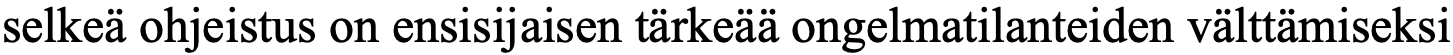
selkeä ohjeistus on ensisijaisen tärkeää ongelmatilanteiden välttämiseksi